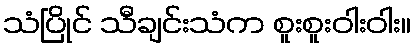
သံပြိုင် သီချင်းသံက စူးစူးဝါးဝါး။